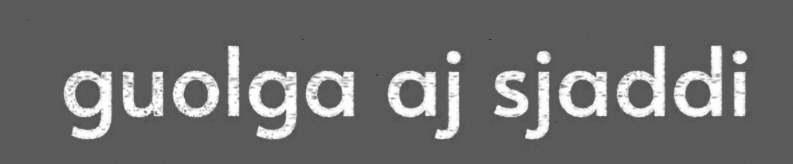
guolga aj sjaddi